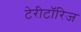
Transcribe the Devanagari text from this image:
टेरीटॉरिज